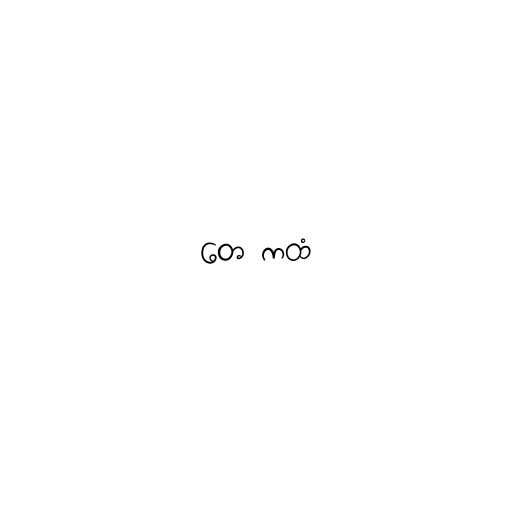
တေ ကထံ